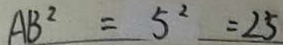
A B ^ { 2 } = 5 ^ { 2 } = 2 5